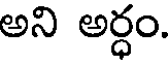
అని అర్ధం.